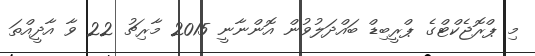
މި ޕްރޮޖެކްޓްގެ ޕްރީބިޑް ބައްދަލުވުން އޮންނާނީ 2015 މާރިޗު 22 ވާ އާދީއްތަ